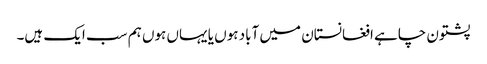
پشتون چاہے افغانستان میں آباد ہوں یا یہاں ہوں ہم سب ایک ہیں۔